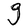
Character: g